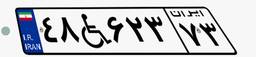
۴۸W۶۲۳۷۳